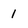
Character: 1